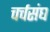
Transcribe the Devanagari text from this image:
चर्चसंघ